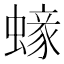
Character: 𧏹